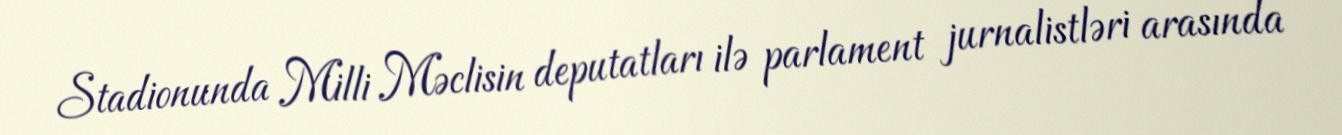
Stadionunda Milli Məclisin deputatları ilə parlament jurnalistləri arasında